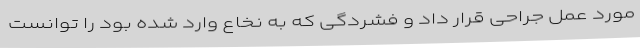
مورد عمل جراحی قرار داد و فشردگی که به نخاع وارد شده بود را توانست